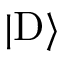
| \mathrm { D } \rangle